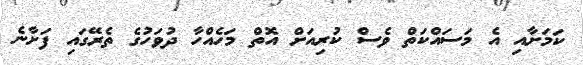
ކަމަށާއި އެ މަސައްކަތް ވެސް ކުރިއަށް އޮތް މަހެއްހާ ދުވަހުގެ ތެރޭގައި ފަށާނެ